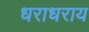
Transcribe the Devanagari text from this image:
धराधराय